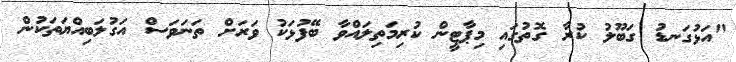
"އަޅުގަނޑު ގަބޫލު ކުރާ ގޮތުގައި މިޕާޓީން ކުރިމަތިލައްވާ ބޭފުޅަކު ވަރަށް ތަނަވަސް އަގުލަބިއްޔަތަކުން